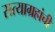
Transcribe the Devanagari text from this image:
सत्याग्रहांची